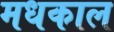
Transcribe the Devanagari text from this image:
मधकाल